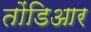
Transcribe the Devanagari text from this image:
तोंडिआर